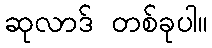
ဆုလာဒ် တစ်ခုပါ။